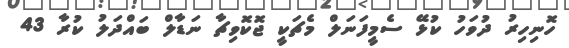
ހޮނިހިރު ދުވަހު ކުޅޭ ސެމީފަނަލް މެޗަކީ ޖޮކޮވިޗާ ނަޑާލް ބައްދަލު ކުރާ 43